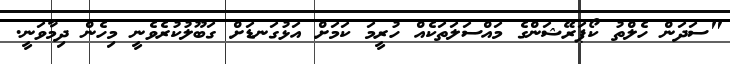
"ސަދަން ހެލްތު ކޯޕަރޭޝަންގެ މައްސަލަތަކެއް ހުރީމަ ކަމަށް އަޅުގަނޑަށް ގަބޫލުކުރެވެނީ މިހެން ދިމާވަނީ.